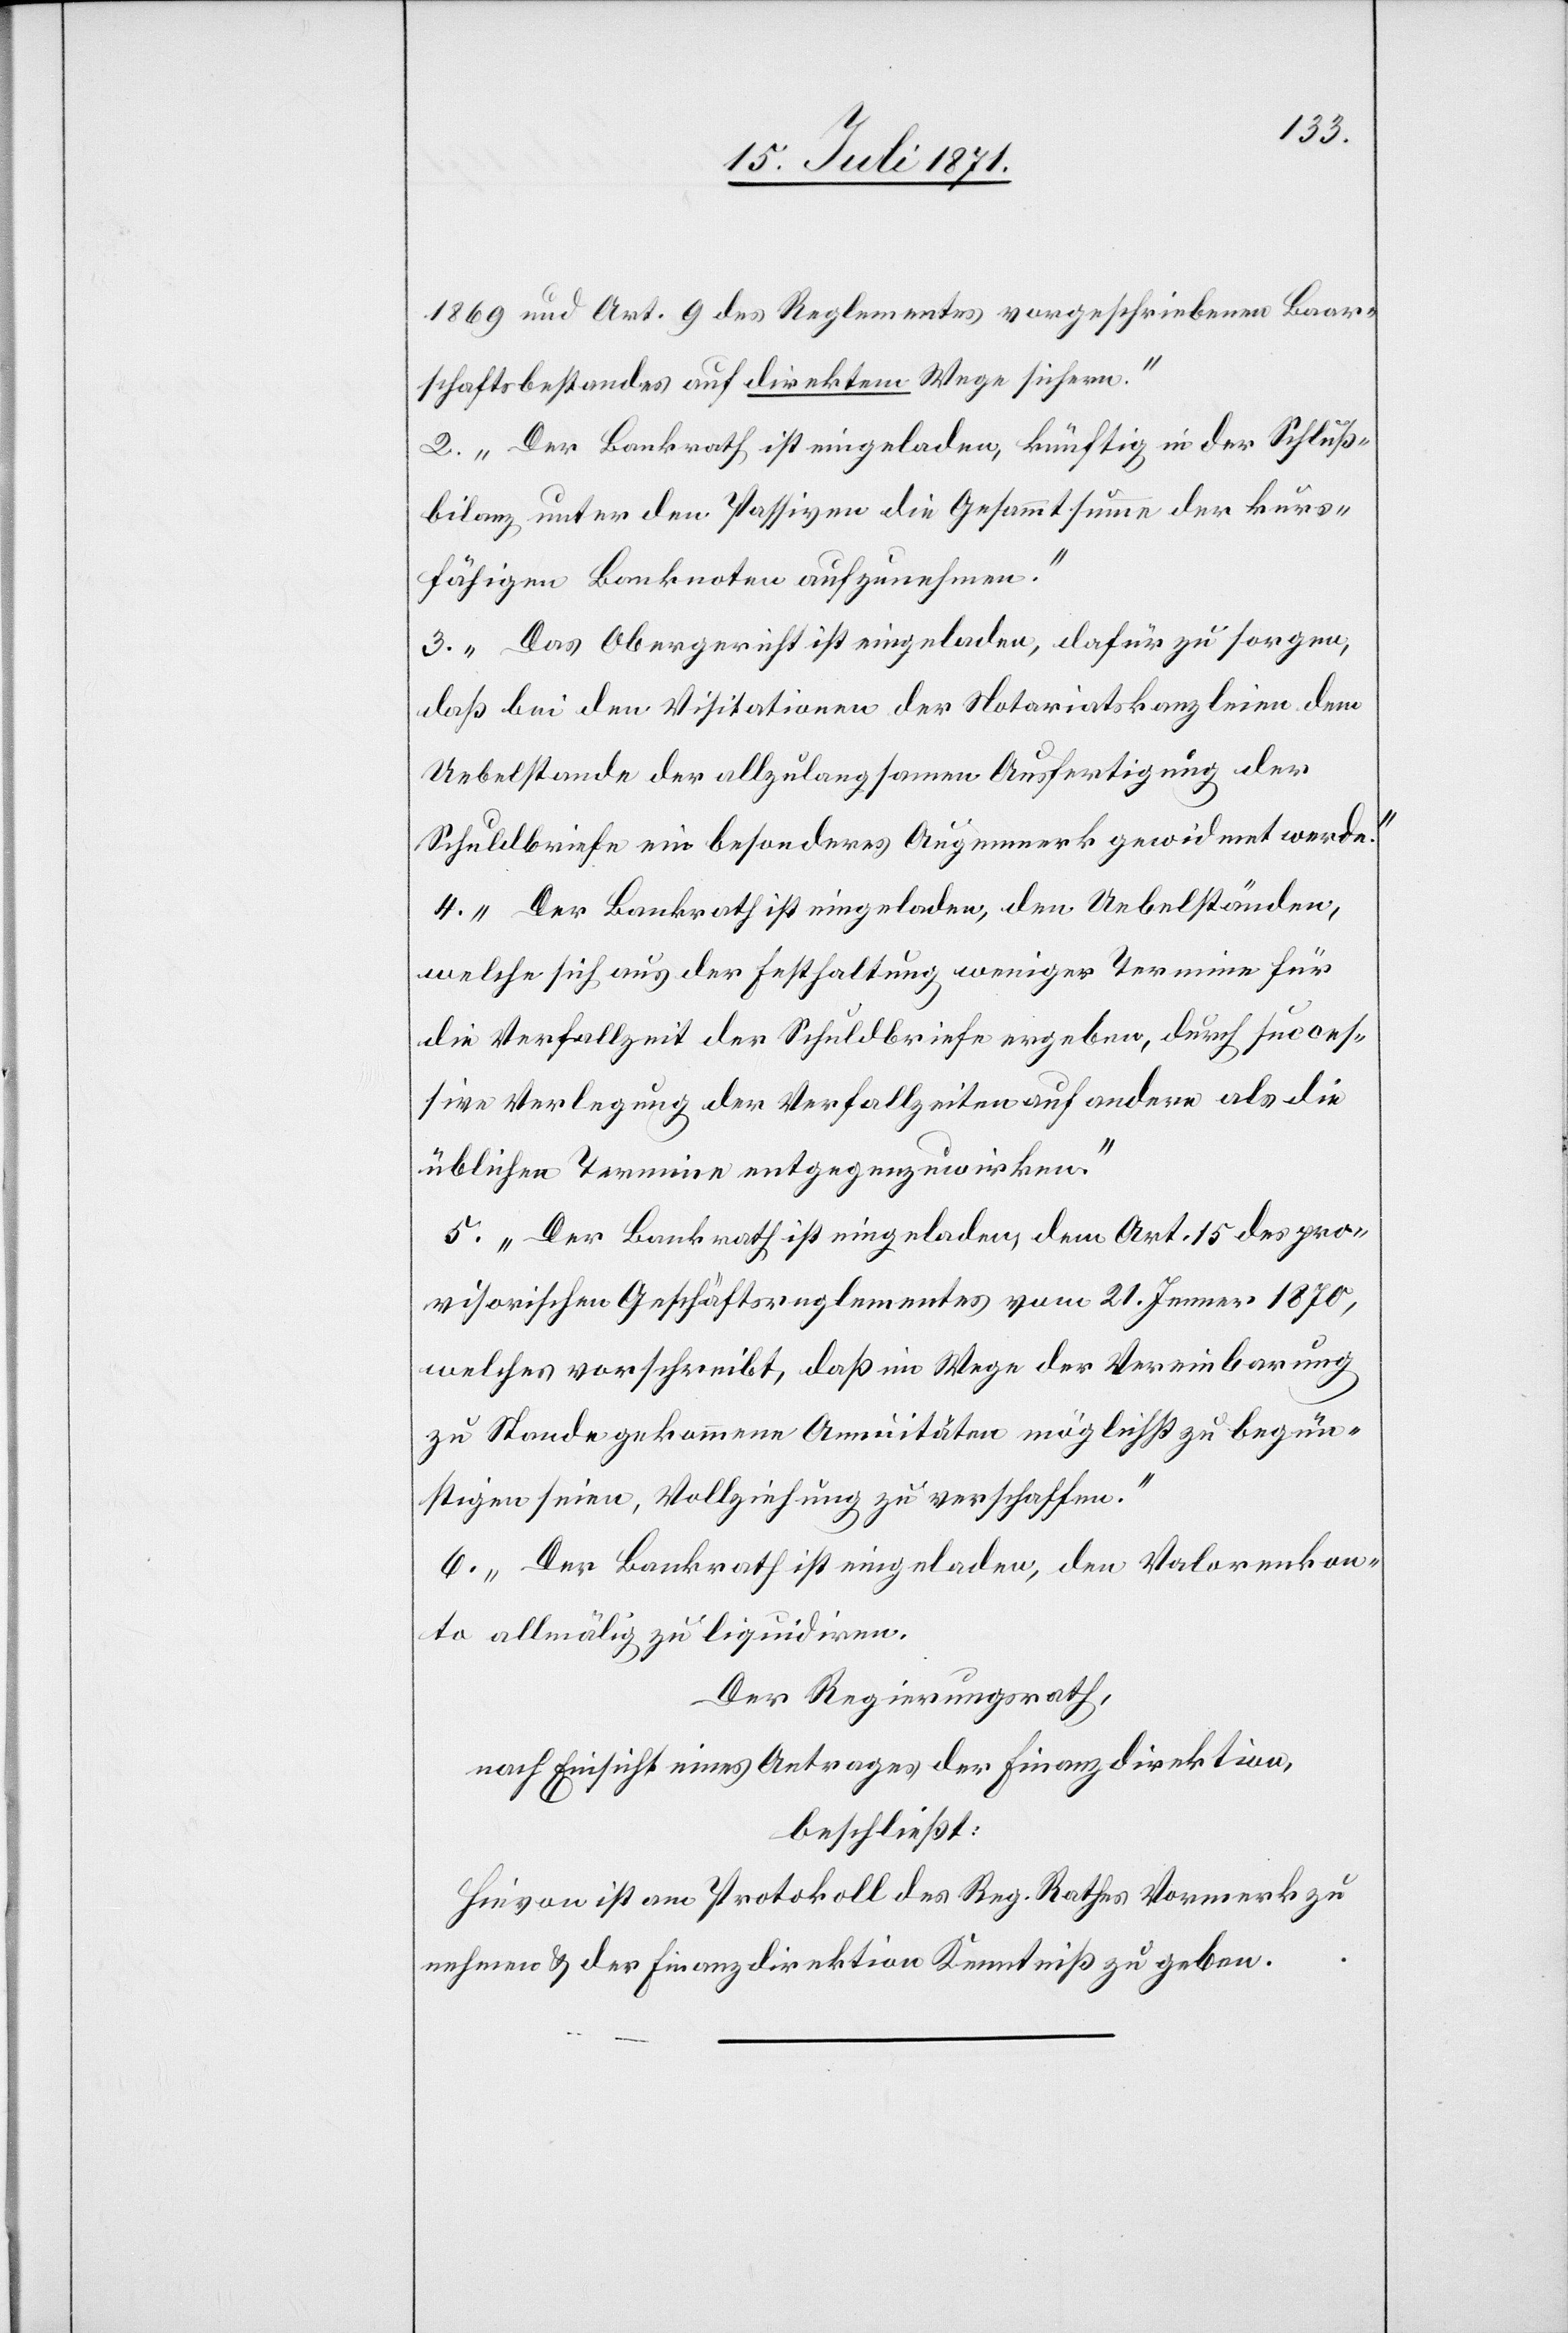
1869 und Art. 9 des Reglementes vorgeschriebenen Baar¬
schaftsbestandes auf direktem Wege sichern.“
2. „Der Bankrath ist eingeladen, künftig in der Schluß¬
bilanz unter den Passiven die Gesammtsumme der kurs¬
fähigen Banknoten aufzunehmen.“
3. „Das Obergericht ist eingeladen, dafür zu sorgen,
daß bei den Visitationen der Notariatskanzleien dem
Uebelstande der allzulangsamen Ausfertigung der
Schuldbriefe ein besonderes Augenmerk gewidmet werde.“
4. „Der Bankrath ist eingeladen, den Uebelständen,
welche sich aus der Festhaltung weniger Termine für
die Verfallzeit der Schuldbriefe ergeben, durch succes¬
sive Verlegung der Verfallzeiten auf andere als die
üblichen Termine entgegenzuwirken.“
5. „Der Bankrath ist eingeladen, dem Art. 15 des pro¬
visorischen Geschäftsreglementes vom 21. Jenner 1870,
welches vorschreibt, daß im Wege der Vereinbarung
zu Stande gekommene Annuitäten möglichst zu begün¬
stigen seien, Vollziehung zu verschaffen.“
6. „Der Bankrath ist eingeladen, den [sic!] Valorenkon¬
to allmälig zu liquidiren.
Der Regierungsrath,
nach Einsicht eines Antrages der Finanzdirektion,
beschließt:
Hievon ist am Protokoll des Reg. Rathes Vormerk zu
nehmen u. der Finanzdirektion Kenntniß zu geben.